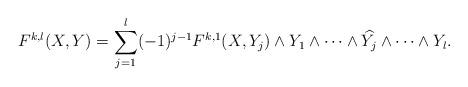
LaTeX: \begin{align*}F^{k,l}(X,Y)=\sum_{j=1}^l(-1)^{j-1}F^{k,1}(X,Y_j)\wedge Y_1\wedge \cdots \wedge \widehat{Y_j}\wedge \cdots \wedge Y_l.\end{align*}